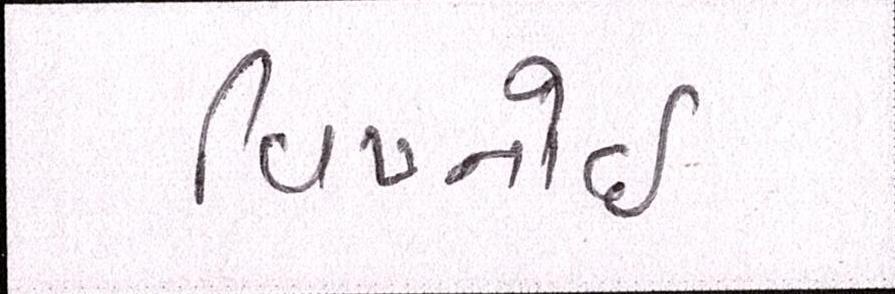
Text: વિષ્નોઈ